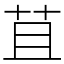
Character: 苴